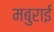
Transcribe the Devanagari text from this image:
मबुराई